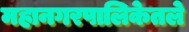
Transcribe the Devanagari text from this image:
महानगरपालिकेतले